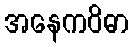
အနေကဝိဓာ